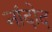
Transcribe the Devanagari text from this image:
नांदोद